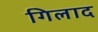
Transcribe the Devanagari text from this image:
गिलाद